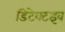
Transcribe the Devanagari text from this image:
डिटेक्टइव